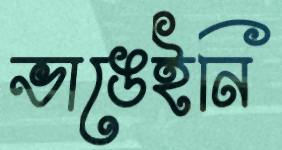
ভাঙেইনি